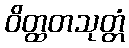
ဝိတ္ထတသုတ္တံ